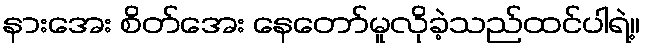
နားအေး စိတ်အေး နေတော်မူလိုခဲ့သည်ထင်ပါရဲ့။